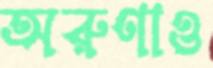
অরুণাও